Lunatic asylums in Bengal annual reports 1912-1924 - 1912-1924
Year: 1912
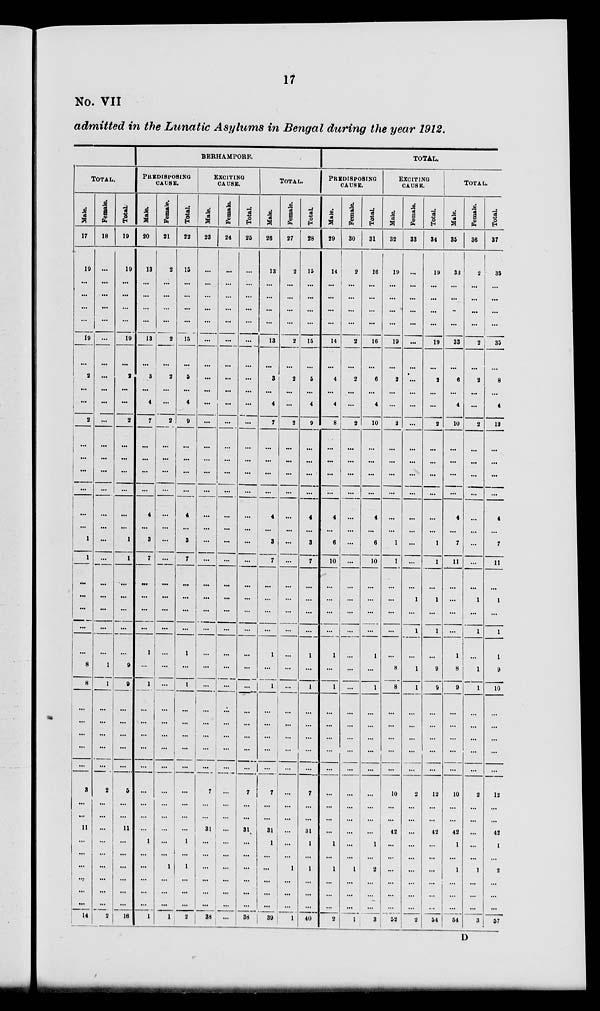
17
No. VII
admitted in the Lunatic Asylums in Bengal during the year 1912.
TOTAL.
Male.
17
19
...
...
...
...
19
...
2
...
...
2
...
...
...
...
...
...
1
1
...
...
...
...
...
8
8
...
...
...
3
...
...
11
...
...
...
...
...
14
Female.
18
...
...
...
...
...
...
...
...
...
...
...
...
...
...
...
...
...
...
...
...
...
...
...
...
1
1
...
...
...
2
...
...
...
...
...
...
...
...
2
Total.
19
19
...
...
...
...
19
...
2
...
...
2
...
...
...
...
...
...
1
1
...
...
...
...
...
9
9
...
...
...
5
...
...
11
...
...
...
...
...
16
BERHAMPORE.
PREDISPOSING
CAUSE.
Male.
20
13
...
...
...
...
13
...
3
...
4
7
...
...
...
...
4
...
3
7
...
...
...
...
1
...
1
...
...
...
...
...
...
...
1
...
...
...
...
1
Female.
21
2
...
...
...
...
2
...
2
...
...
2
...
...
...
...
...
...
...
...
...
...
...
...
...
...
...
...
...
...
...
...
...
...
...
1
...
...
...
1
Total.
22
15
...
...
...
...
15
...
5
...
4
9
...
...
...
...
4
...
3
7
...
...
...
...
1
...
1
...
...
...
...
...
...
...
1
1
...
...
...
2
EXCITING
CAUSE.
Male.
23
...
...
...
...
...
...
...
...
...
...
...
...
...
...
...
...
...
...
...
...
...
...
...
...
...
...
...
...
...
7
...
...
31
...
...
...
...
...
38
Female.
24
...
...
...
...
...
...
...
...
...
...
...
...
...
...
...
...
...
...
...
...
...
...
...
...
...
...
...
...
...
...
...
...
...
...
...
...
...
...
...
Total.
25
...
...
...
...
...
...
...
...
...
...
...
...
...
...
...
...
...
...
...
...
...
...
...
...
...
...
...
...
...
7
...
...
31
...
...
...
...
...
38
TOTAL.
Male.
26
13
...
...
...
...
13
...
3
...
4
7
...
...
...
...
4
...
3
7
...
...
...
...
1
...
1
...
...
...
7
...
...
31
1
...
...
...
...
39
Female.
27
2
...
...
...
...
2
...
2
...
...
2
...
...
...
...
...
...
...
...
...
...
...
...
...
...
...
...
...
...
...
...
...
...
...
1
...
...
...
1
Total.
28
15
...
...
...
...
15
...
5
...
4
9
...
...
...
...
4
...
3
7
...
...
...
...
1
...
1
...
...
...
7
...
...
31
1
1
...
...
...
40
TOTAL.
PREDISPOSING
CAUSE.
Male.
29
14
...
...
...
...
14
...
4
...
4
8
...
...
...
...
4
...
6
10
...
...
...
...
1
...
1
...
...
...
...
...
...
...
1
1
...
...
... 2
Female.
30
2
...
...
...
...
2
...
2
...
...
2
...
...
...
...
...
...
...
...
...
...
...
...
...
...
...
...
...
...
...
...
...
...
...
1
...
...
...
1
Total.
31
16
...
...
...
...
16
...
6
...
4
10
...
...
...
...
4
...
6
10
...
...
...
...
1
...
1
...
...
...
...
...
...
...
1
2
...
...
...
3
EXCITING
CAUSE.
Male.
32
19
...
...
...
...
19
...
2
...
...
2
...
...
...
...
...
...
1
1
...
...
...
...
...
8
8
...
...
...
10
...
...
42
...
...
...
...
...
52
Female.
33
...
...
...
...
...
...
...
...
...
...
...
...
...
...
...
...
...
...
...
...
1
...
1
...
1
1
...
...
...
2
...
...
...
...
...
...
...
...
2
Total.
34
19
...
...
...
...
19
...
2
...
...
2
...
...
...
...
...
...
1
1
...
1
...
1
...
9
9
...
...
...
12
...
...
42
...
...
...
...
...
54
TOTAL.
Male.
35
33
...
...
...
...
33
...
6
...
4
10
...
...
...
...
4
...
7
11
...
...
...
...
1
8
9
...
...
...
10
...
...
42
1
1
...
...
...
54
Female.
36
2
...
...
...
...
2
...
2
...
...
2
...
...
...
...
...
...
...
...
...
1
...
1
...
1
1
...
...
...
2
...
...
...
...
1
...
...
...
3
Total.
37
35
...
...
...
...
35
...
8
...
4
12
...
...
...
...
4
...
7
11
...
1
...
1
1
9
10
...
...
...
12
...
...
42
1
2
...
...
...
57
D